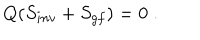
Q ( S _ { i n v } + S _ { g f } ) = 0 \; .